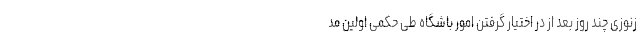
زنوزی چند روز بعد از در اختیار گرفتن امور باشگاه طی حکمی اولین مد